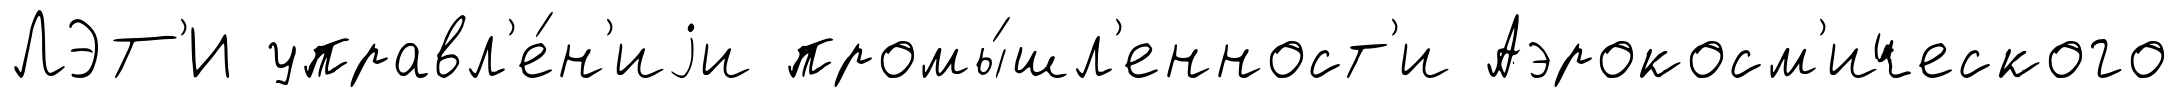
ЛЭТ'И управл'е́н'иjи промы́шл'енност'и Аэрокосм'ического